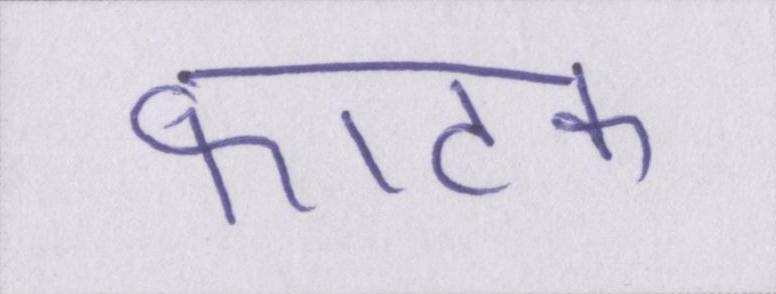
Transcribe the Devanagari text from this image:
फाटक